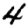
Digit: 4